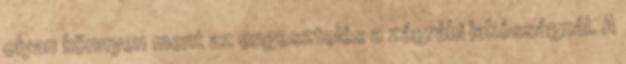
olyan könnyen ment az engesztelés a zágrábi lakósságnál. A